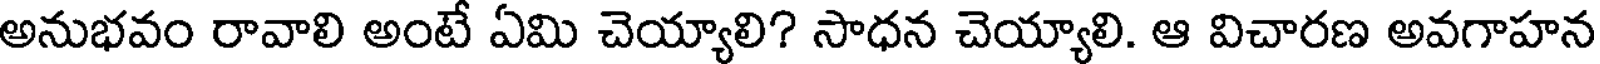
అనుభవం రావాలి అంటే ఏమి చెయ్యాలి? సాధన చెయ్యాలి. ఆ విచారణ అవగాహన